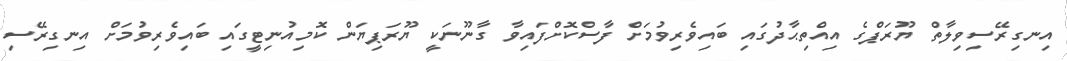
އިނގިރޭސިވިލާތް ޔޫރަޕްގެ އިއްތިޙާދުގައި ބައިވެރިވުމަށް ފާސްކޮށްފައިވާ ގާނޫނަކީ ޔޫރަޕިޔަން ކޮމިއުނިޓީގައި ބައިވެރިވުމަށް އިނގިރޭސި